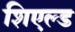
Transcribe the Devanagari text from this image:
शिएल्ड